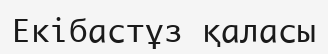
Екібастұз қаласы